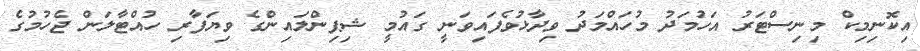
އިކޮނިމިކް މިނިސްޓަރު އަހުމަދު މުހައްމަދު ވިދާޅުވެފައިވަނީ ގައުމީ ޝިޕިންލައިންގެ ވިޔަފާރި ހުއްޓާލަން ޖެހުމުގެ